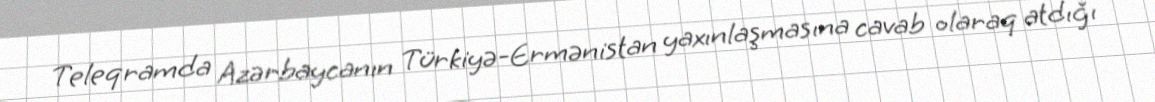
Teleqramda Azərbaycanın Türkiyə-Ermənistan yaxınlaşmasına cavab olaraq atdığı